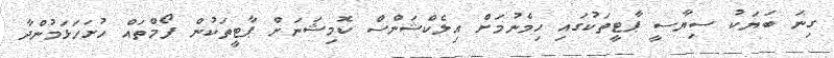
ގިނަ ބަޔަކު ސިޔާސީ ޕާޓީތަކުގައި ހިމެނުމަށް އިލެކްޝަންސް ކޮމިޝަނަށް ޕާޓީތަކުން ފޯމްތައް ހުށަހަޅަމުންދާ